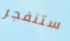
ستنفجر